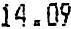
14.09